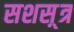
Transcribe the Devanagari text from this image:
सशस़्त्र